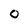
Character: 0